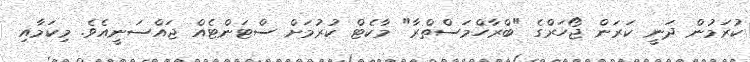
ކުރަމުން ދަނީ ކަރަން ޖޯހަރްގެ "ބްރާހްމަސްތްރާ" މާކެޓް ކުރުމަށް ސްޓަންޓެއް ޖައްސަނީއެވެ. މިކަމާއި